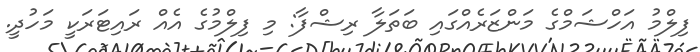
ފިލްމު އަހްޝަމްގެ މަންޒަރެއްގައި ބަތަލާ ރިޝްފާ: މި ފިލްމުގެ އެއް ރައިޓަރަކީ މަހުދީ.